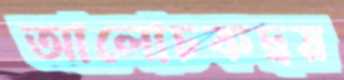
আলোচকদ্বয়